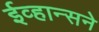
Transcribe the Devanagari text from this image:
ईव्हान्सने